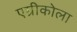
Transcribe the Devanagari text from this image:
एग्रीकोला